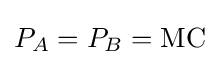
P_{A}=P_{B}={\text{MC}}